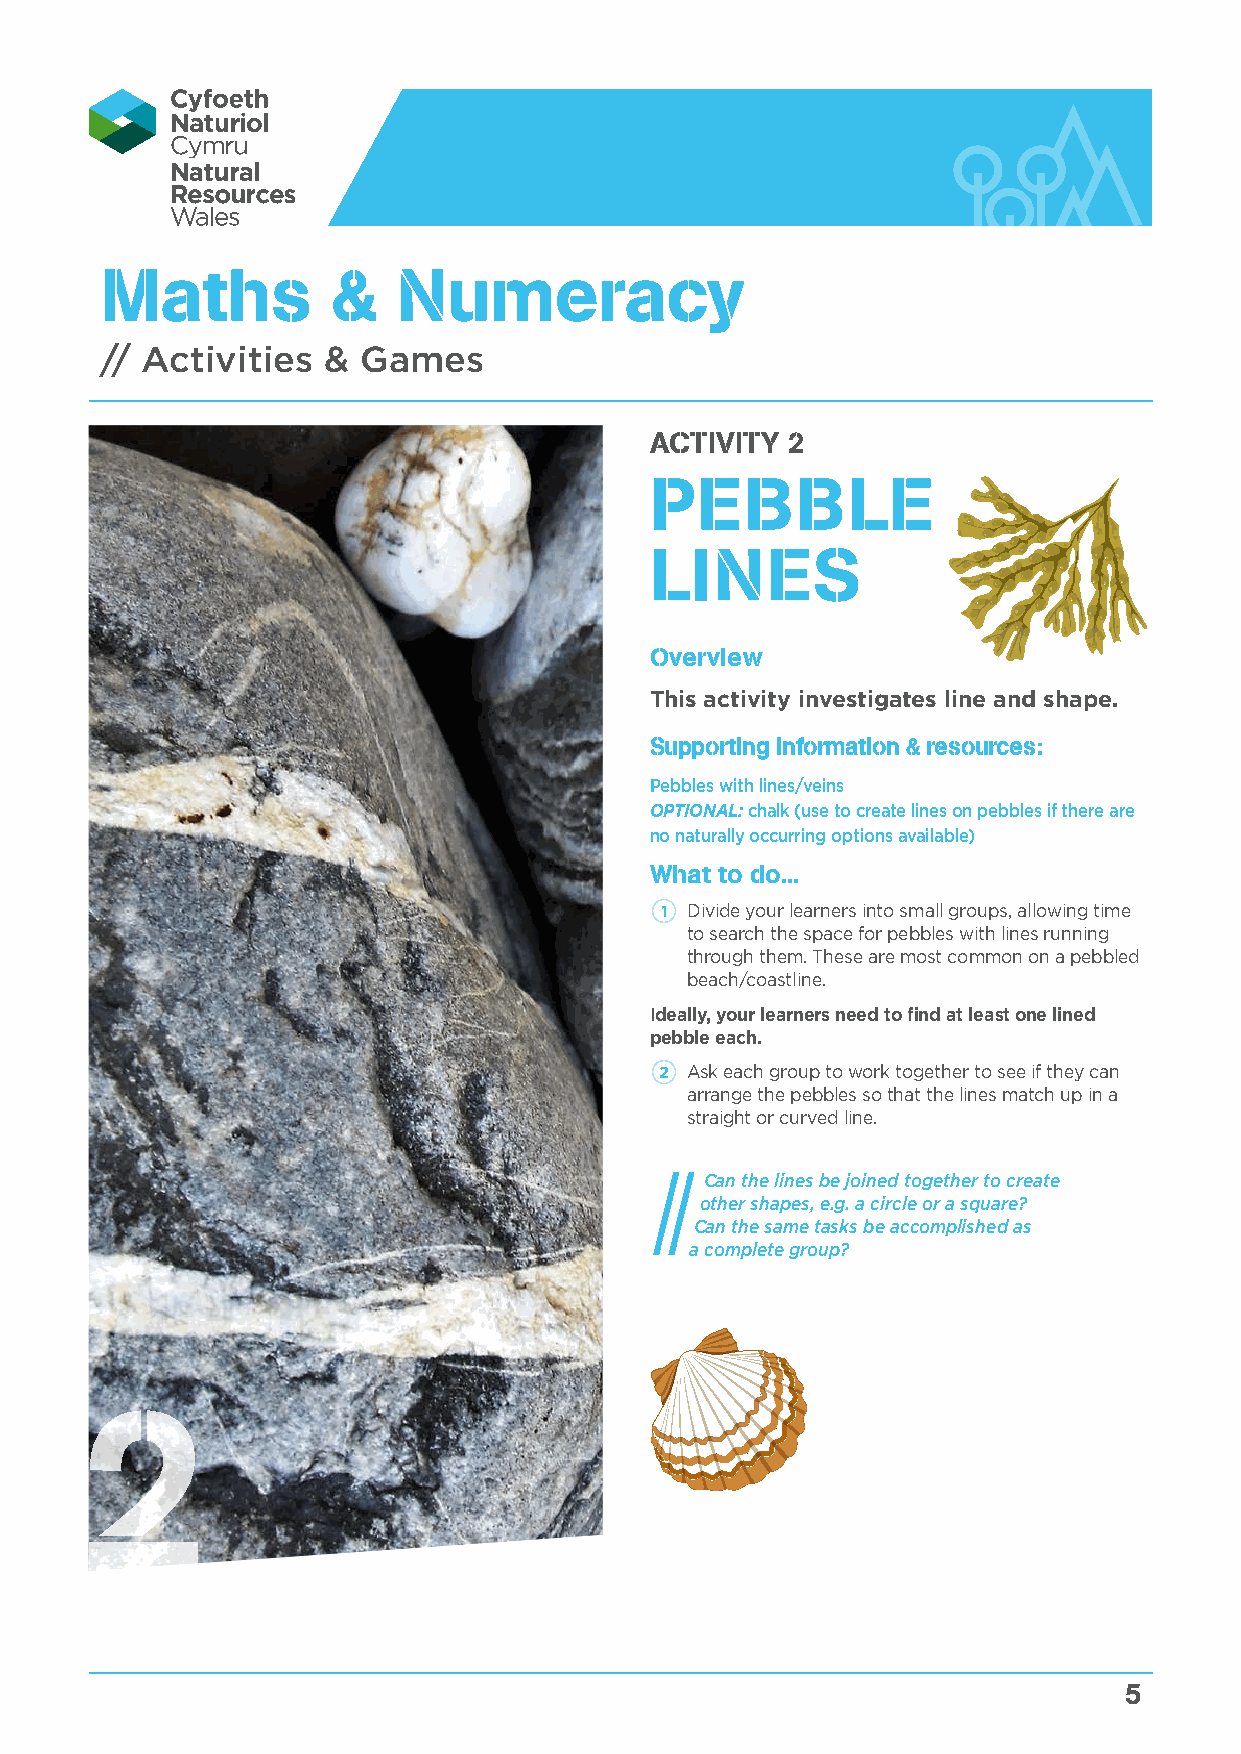
Maths          &   Numeracy
 // Activities &  Games
 ACTIVITY 2
 PEBBLE
 LINES
 Overview
 This activity investigates line and shape.
 Supporting information & resources:
 Pebbles with lines/veins
 OPTIONAL: chalk (use to create lines on pebbles if there are
 no naturally occurring options available)
 What to do...
 1 Divide your learners into small groups, allowing time
 to search the space for pebbles with lines running
 through them. These are most common on a pebbled
 beach/coastline.
 Ideally, your learners need to find at least one lined
 pebble each.
 2 Ask each group to work together to see if they can
 arrange the pebbles so that the lines match up in a
 straight or curved line.
 Can the lines be joined together to create
 other shapes, e.g. a circle or a square?
 Can the same tasks be accomplished as
 a complete group?
 2
 5